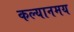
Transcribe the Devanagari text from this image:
कल्यानमय